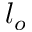
l _ { o }